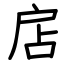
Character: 扂